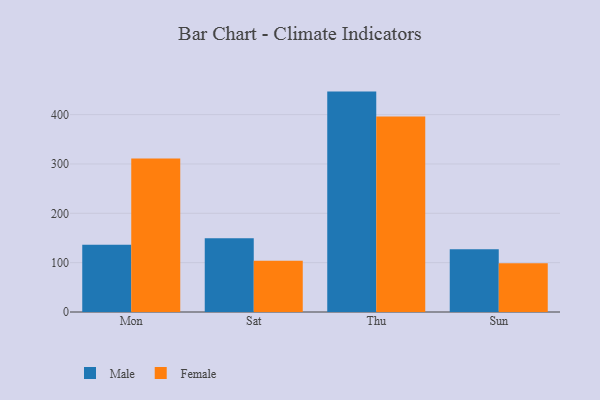
{"axis": {"x": "Day", "y": "Energy Usage (MWh)"}, "legend": ["Female", "Male"], "data": [{"x": "Mon", "y": 136.3, "type": "Male"}, {"x": "Mon", "y": 310.8, "type": "Female"}, {"x": "Sat", "y": 149.2, "type": "Male"}, {"x": "Sat", "y": 103.6, "type": "Female"}, {"x": "Thu", "y": 446.6, "type": "Male"}, {"x": "Thu", "y": 396.2, "type": "Female"}, {"x": "Sun", "y": 127.4, "type": "Male"}, {"x": "Sun", "y": 98.8, "type": "Female"}]}